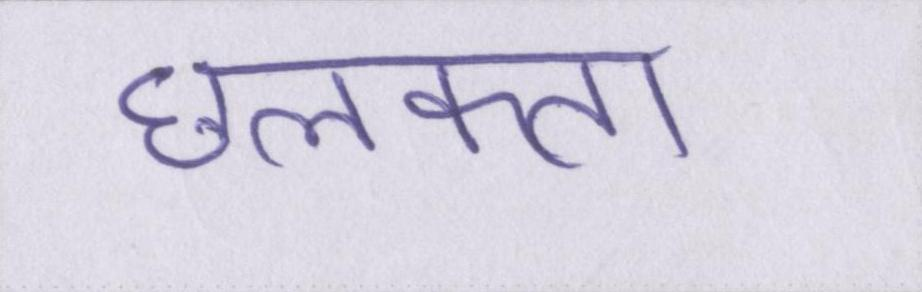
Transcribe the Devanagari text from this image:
छलकता